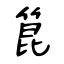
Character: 箟